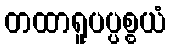
တထာရူပပ္ပစ္စယံ